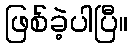
ဖြစ်ခဲ့ပါပြီ။